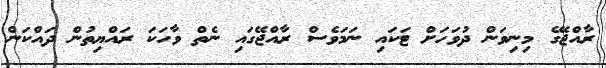
ރާއްޖޭގެ މިނިވަން ދުވަހަށް ޓަކައި ނަމަވެސް ރާއްޖޭގައި ނެތް ވާހަކަ ރައްޔިތުން ދައްކަން